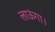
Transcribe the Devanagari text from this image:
लाऊंगा।